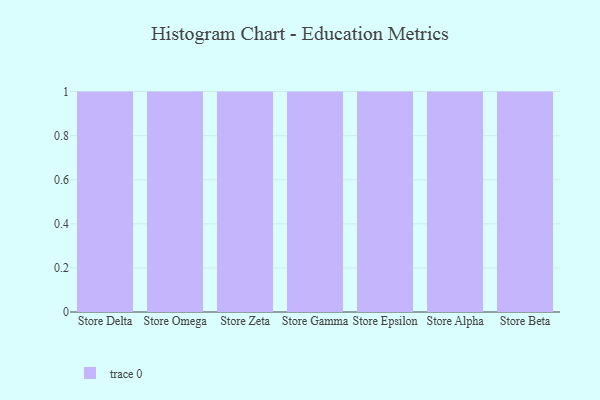
{"axis": {"x": "Store", "y": "Net Income (USD K)"}, "legend": [""], "data": [{"x": "Store Delta", "y": 43, "type": ""}, {"x": "Store Omega", "y": 36, "type": ""}, {"x": "Store Zeta", "y": 28, "type": ""}, {"x": "Store Gamma", "y": 70, "type": ""}, {"x": "Store Epsilon", "y": 13, "type": ""}, {"x": "Store Alpha", "y": 59, "type": ""}, {"x": "Store Beta", "y": 6, "type": ""}]}